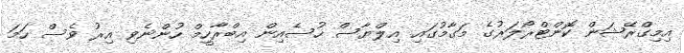
އިމިގްރޭޝަން ކޮންޓްރޯލަރުގެ މަގާމުގައި އިލްޔާސް ހުސެއިން އިބްރާހީމް ހުންނެވި އިރު ވެސް ހަމަ